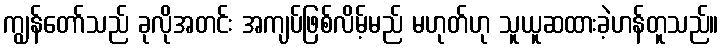
ကျွန်တော်သည် ခုလိုအတင်း အကျပ်ဖြစ်လိမ့်မည် မဟုတ်ဟု သူယူဆထားခဲ့ဟန်တူသည်။